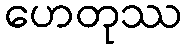
ဟေတုဿ